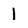
Character: 1